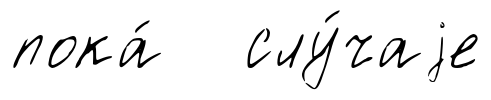
пока́ слу́чаjе